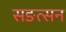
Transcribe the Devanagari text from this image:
सङत्सन